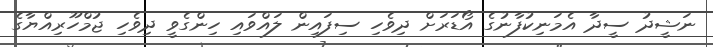
ނަޝީދު ސީދާ އެމަނިކުފާނުގެ އޯޑަރަށް ދިވެހި ސިފައިން ލައްވައި ހިންގެވީ ދިވެހި ޖުމްހޫރިއްޔާގެ